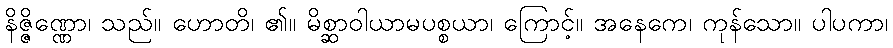
နိဇ္ဇိဏ္ဏော၊ သည်။ ဟောတိ၊ ၏။ မိစ္ဆာဝါယာမပစ္စယာ၊ ကြောင့်။ အနေကေ၊ ကုန်သော။ ပါပကာ၊